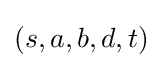
(s,a,b,d,t)